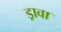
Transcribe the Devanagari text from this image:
ड्रावा